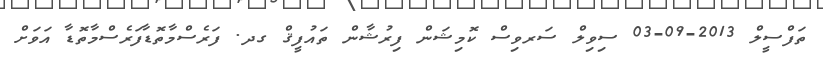
ތަފްސީލް 2013-09-03 ސިވިލް ސަރވިސް ކޮމިޝަން ފިރުޝާން ތައުފީޤް ގދ. ފަރެސްމާތޮޑާފަރެސްމާތޮޑާ އަވަށް